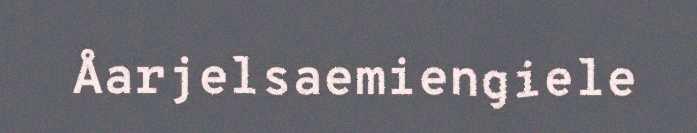
Åarjelsaemiengiele